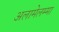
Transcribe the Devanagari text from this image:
अलामेलम्मा